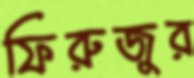
ফিরুজুর